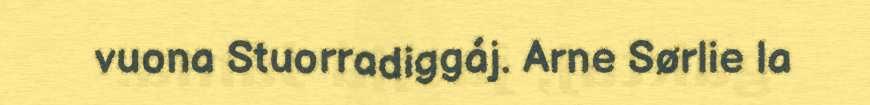
vuona Stuorradiggáj. Arne Sørlie la